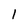
Character: l